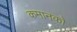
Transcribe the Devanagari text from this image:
कमानको